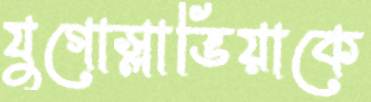
যুগোস্লাভিয়াকে